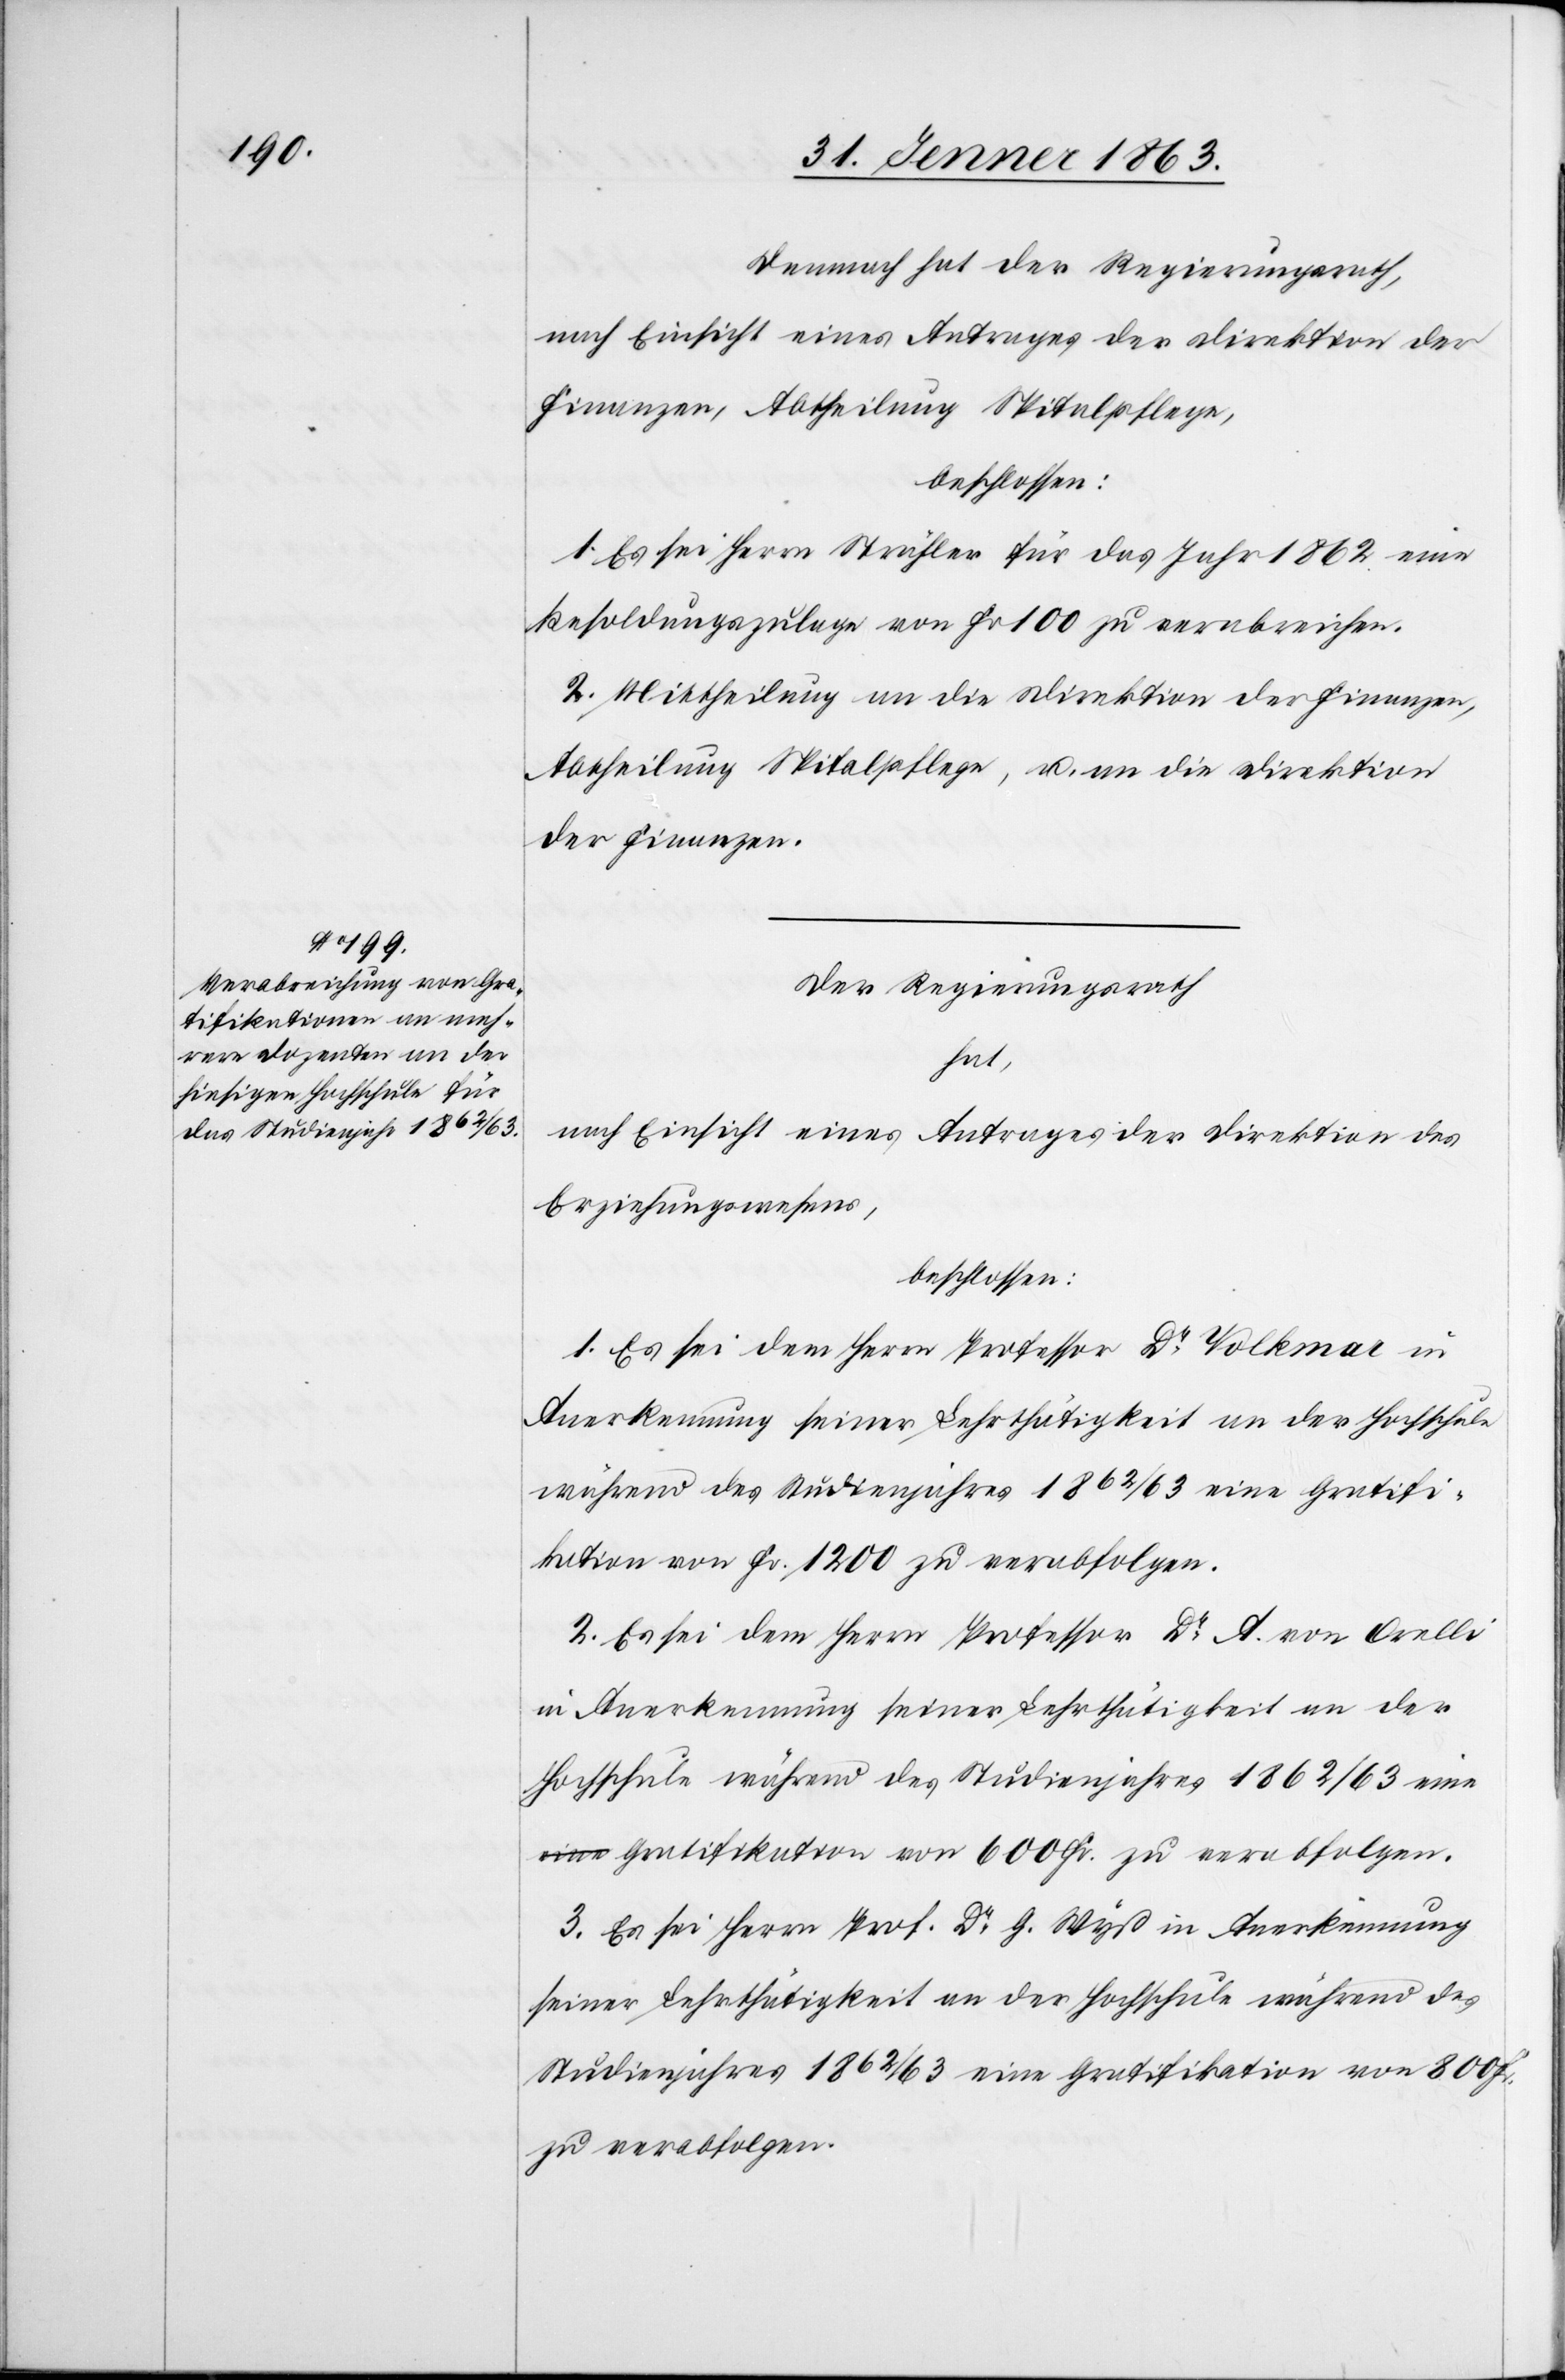
Demnach hat der Regierungsrath,
nach Einsicht eines Antrages der Direktion der
Finanzen, Abtheilung Spitalpflege,
beschlossen:
1. Es sei Herrn Strähler für das Jahr 1862 eine
Besoldungszulage von Fr 100 zu verabreichen.
2. Mittheilung an die Direktion der Finanzen,
Abtheilung Spitalpflege, u. an die Direktion
der Finanzen.
Der Regierungsrath
hat,
nach Einsicht eines Antrages der Direktion des
Erziehungswesens,
beschlossen:
1. Es sei dem Herrn Professor Dr Volkmar in
Anerkennung seiner Lehrthätigkeit an der Hochschule
während des Studienjahres 1862/63 eine Gratifi¬
kation von Fr. 1200 zu verabfolgen.
2. Es sei dem Herrn Professor Dr A. von Orelli
in Anerkennung seiner Lehrthätigkeit an der
Hochschule während des Studienjahres 1862/63 ein¬
e Gratifikation von 600 Fr. zu verabfolgen.
3. Es sei Herrn Prof. Dr G. Wyß in Anerkennung
seiner Lehrthätigkeit an der Hochschule während des
Studienjahres 1862/63 eine Gratifikation von 800 Fr.
zu verabfolgen.